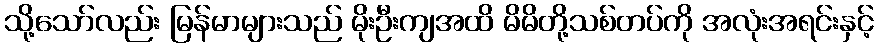
သို့သော်လည်း မြန်မာများသည် မိုးဦးကျအထိ မိမိတို့သစ်တပ်ကို အလုံးအရင်းနှင့်